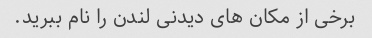
برخی از مکان های دیدنی لندن را نام ببرید.